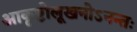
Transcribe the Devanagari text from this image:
आकृष्टोलूखनोऽनन्तः